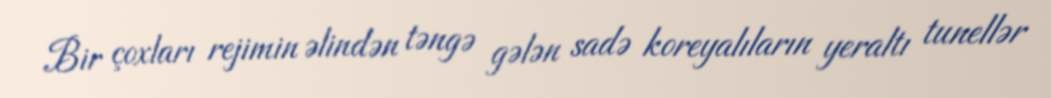
Bir çoxları rejimin əlindən təngə gələn sadə koreyalıların yeraltı tunellər